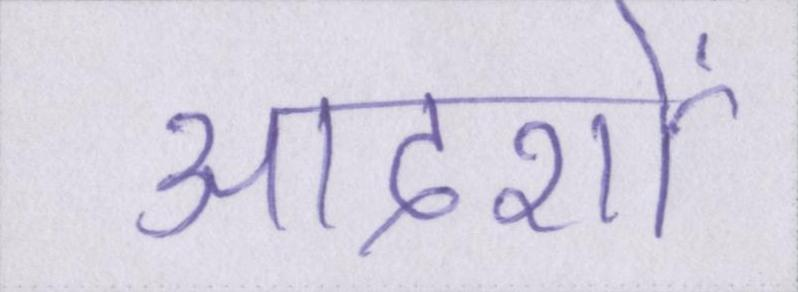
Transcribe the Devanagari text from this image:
आदर्शों